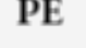
PE